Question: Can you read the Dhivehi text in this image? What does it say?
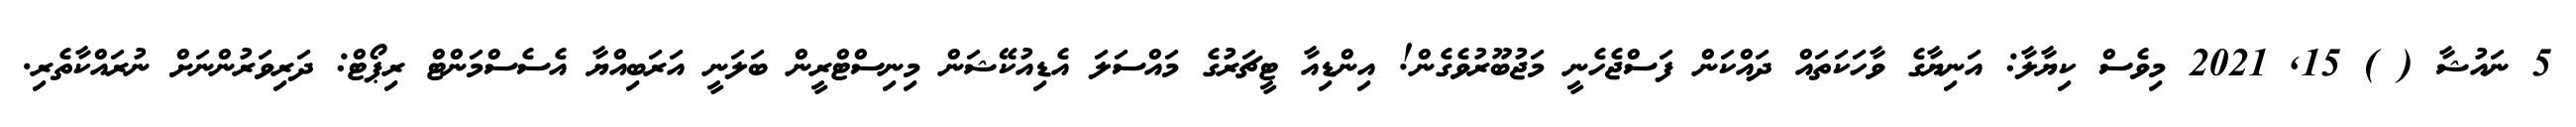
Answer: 5 ނައުޝާ ( ) 15, 2021 މިވެސް ކިޔާލާ: އަނިޔާގެ ވާހަކަތައް ދައްކަން ފަސްޖެހެނީ މަޖުބޫރުވެގެން! އިންޑިއާ ޓީޗަރުގެ މައްސަލަ އެޑިއުކޭޝަން މިނިސްޓްރީން ބަލަނީ އަރަބިއްޔާ އެސެސްމަންޓް ރިޕޯޓް: ދަރިވަރުންނަށް ނުރައްކާތެރި.